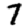
Digit: 7